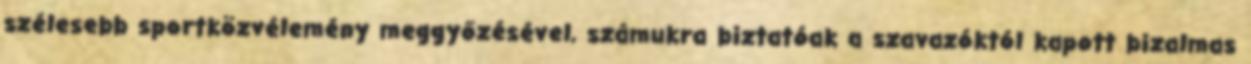
szélesebb sportközvélemény meggyőzésével, számukra biztatóak a szavazóktól kapott bizalmas